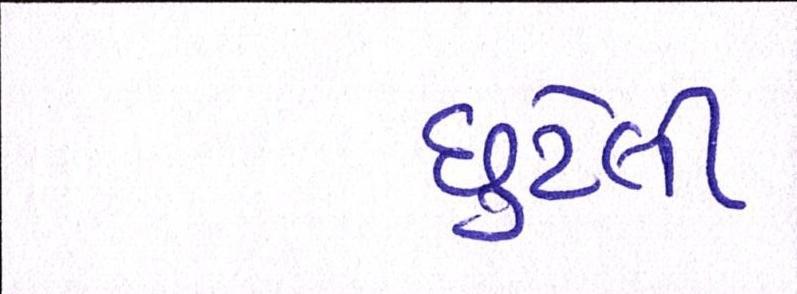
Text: છુટેલી